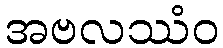
အဗလဿံဝ